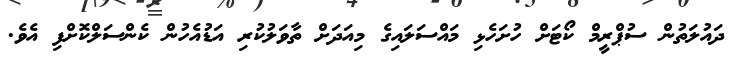
ދައުލަތުން ސުޕްރީމް ކޯޓަށް ހުށަހެޅި މައްސަލައިގެ މިއަދަށް ތާވަލުކުރި އަޑުއެހުން ކެންސަލްކޮށްފި އެވެ.